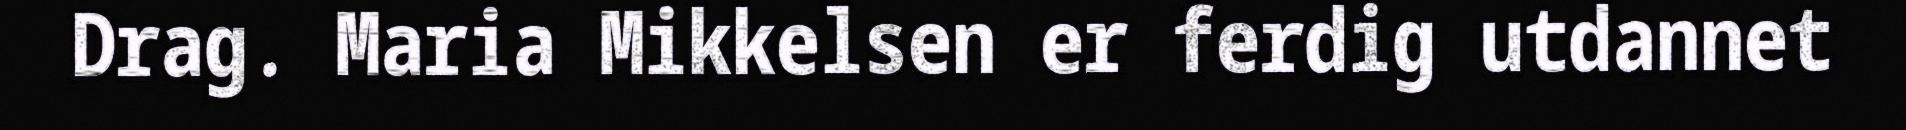
Drag. Maria Mikkelsen er ferdig utdannet